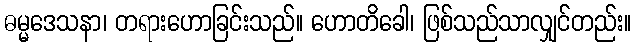
ဓမ္မဒေသနာ၊ တရားဟောခြင်းသည်။ ဟောတိခေါ၊ ဖြစ်သည်သာလျှင်တည်း။